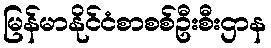
မြန်မာနိုင်ငံစာစစ်ဦးစီးဌာန